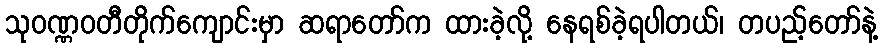
သုဝဏ္ဏဝတီတိုက်ကျောင်းမှာ ဆရာတော်က ထားခဲ့လို့ နေရစ်ခဲ့ရပါတယ်၊ တပည့်တော်နဲ့